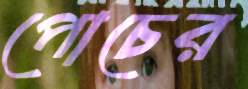
পোচের